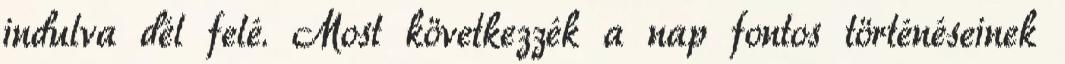
indulva dél felé. Most következzék a nap fontos történéseinek